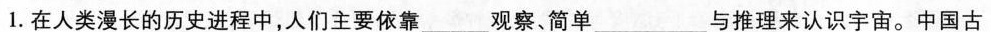
1.在人类漫长的历史进程中，人们主要依靠____观察、简单___与推理来认识宇宙。中国古